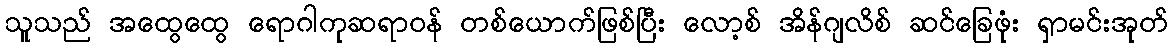
သူသည် အထွေထွေ ရောဂါကုဆရာဝန် တစ်ယောက်ဖြစ်ပြီး လော့စ် အိန်ဂျလိစ် ဆင်ခြေဖုံး ရှာမင်းအုတ်